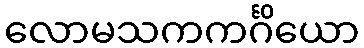
လောမသကကင်္ဂိယော